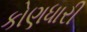
કોણધારી